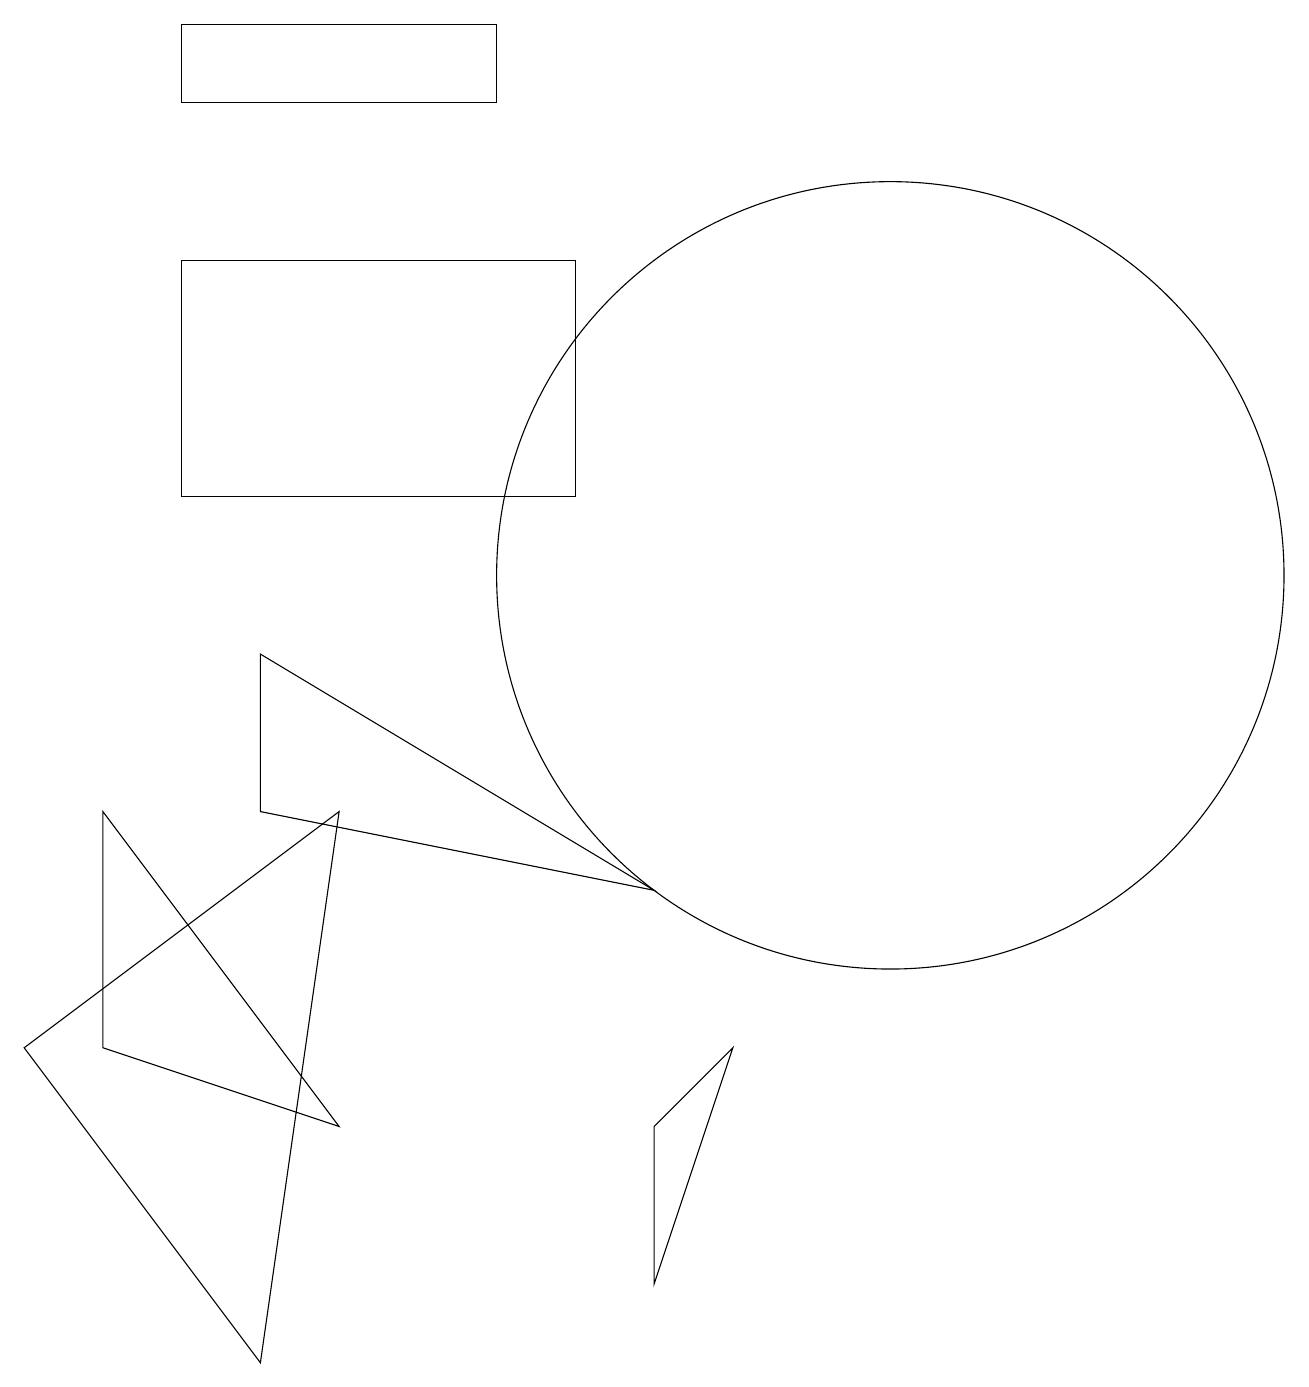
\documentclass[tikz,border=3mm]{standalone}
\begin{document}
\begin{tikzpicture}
\draw (7,14) rectangle (2,11);
\draw (11,10) circle (5);
\draw (8,3) -- (8,1) -- (9,4) -- cycle;
\draw (0,4) -- (3,0) -- (4,7) -- cycle;
\draw (3,7) -- (8,6) -- (3,9) -- cycle;
\draw (2,17) rectangle (6,16);
\draw (4,3) -- (1,4) -- (1,7) -- cycle;
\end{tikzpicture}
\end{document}